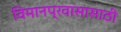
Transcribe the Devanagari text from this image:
विमानप्रवासासाठी